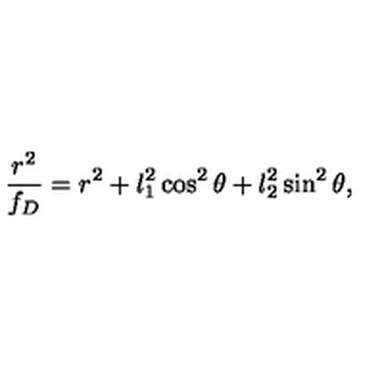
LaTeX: { \frac { r ^ { 2 } } { f _ { D } } } = r ^ { 2 } + l _ { 1 } ^ { 2 } \cos ^ { 2 } \theta + l _ { 2 } ^ { 2 } \sin ^ { 2 } \theta ,